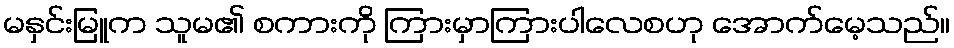
မနှင်းမြူက သူမ၏ စကားကို ကြားမှာကြားပါလေစဟု အောက်မေ့သည်။